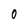
Character: 0